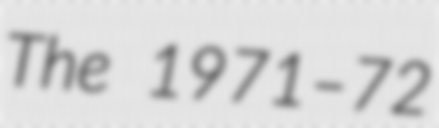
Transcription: The 1971–72